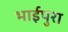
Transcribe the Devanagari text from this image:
भाईपुरा